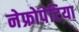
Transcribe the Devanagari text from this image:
नेफ्रोपेटिया